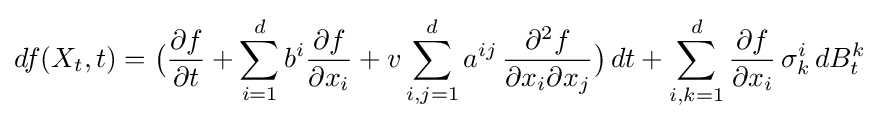
df(X_{t},t)={\bigl (}{\frac {\partial f}{\partial t}}+\sum _{i=1}^{d}b^{i}{\frac {\partial f}{\partial x_{i}}}+v\sum _{i,j=1}^{d}a^{ij}\,{\frac {\partial ^{2}f}{\partial x_{i}\partial x_{j}}}{\bigr )}\,dt+\sum _{i,k=1}^{d}{\frac {\partial f}{\partial x_{i}}}\,\sigma _{k}^{i}\,dB_{t}^{k}